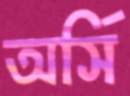
অর্সি